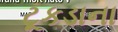
ટૂકડાના